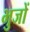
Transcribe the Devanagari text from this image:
भुजों